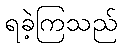
ရခဲ့ကြသည်